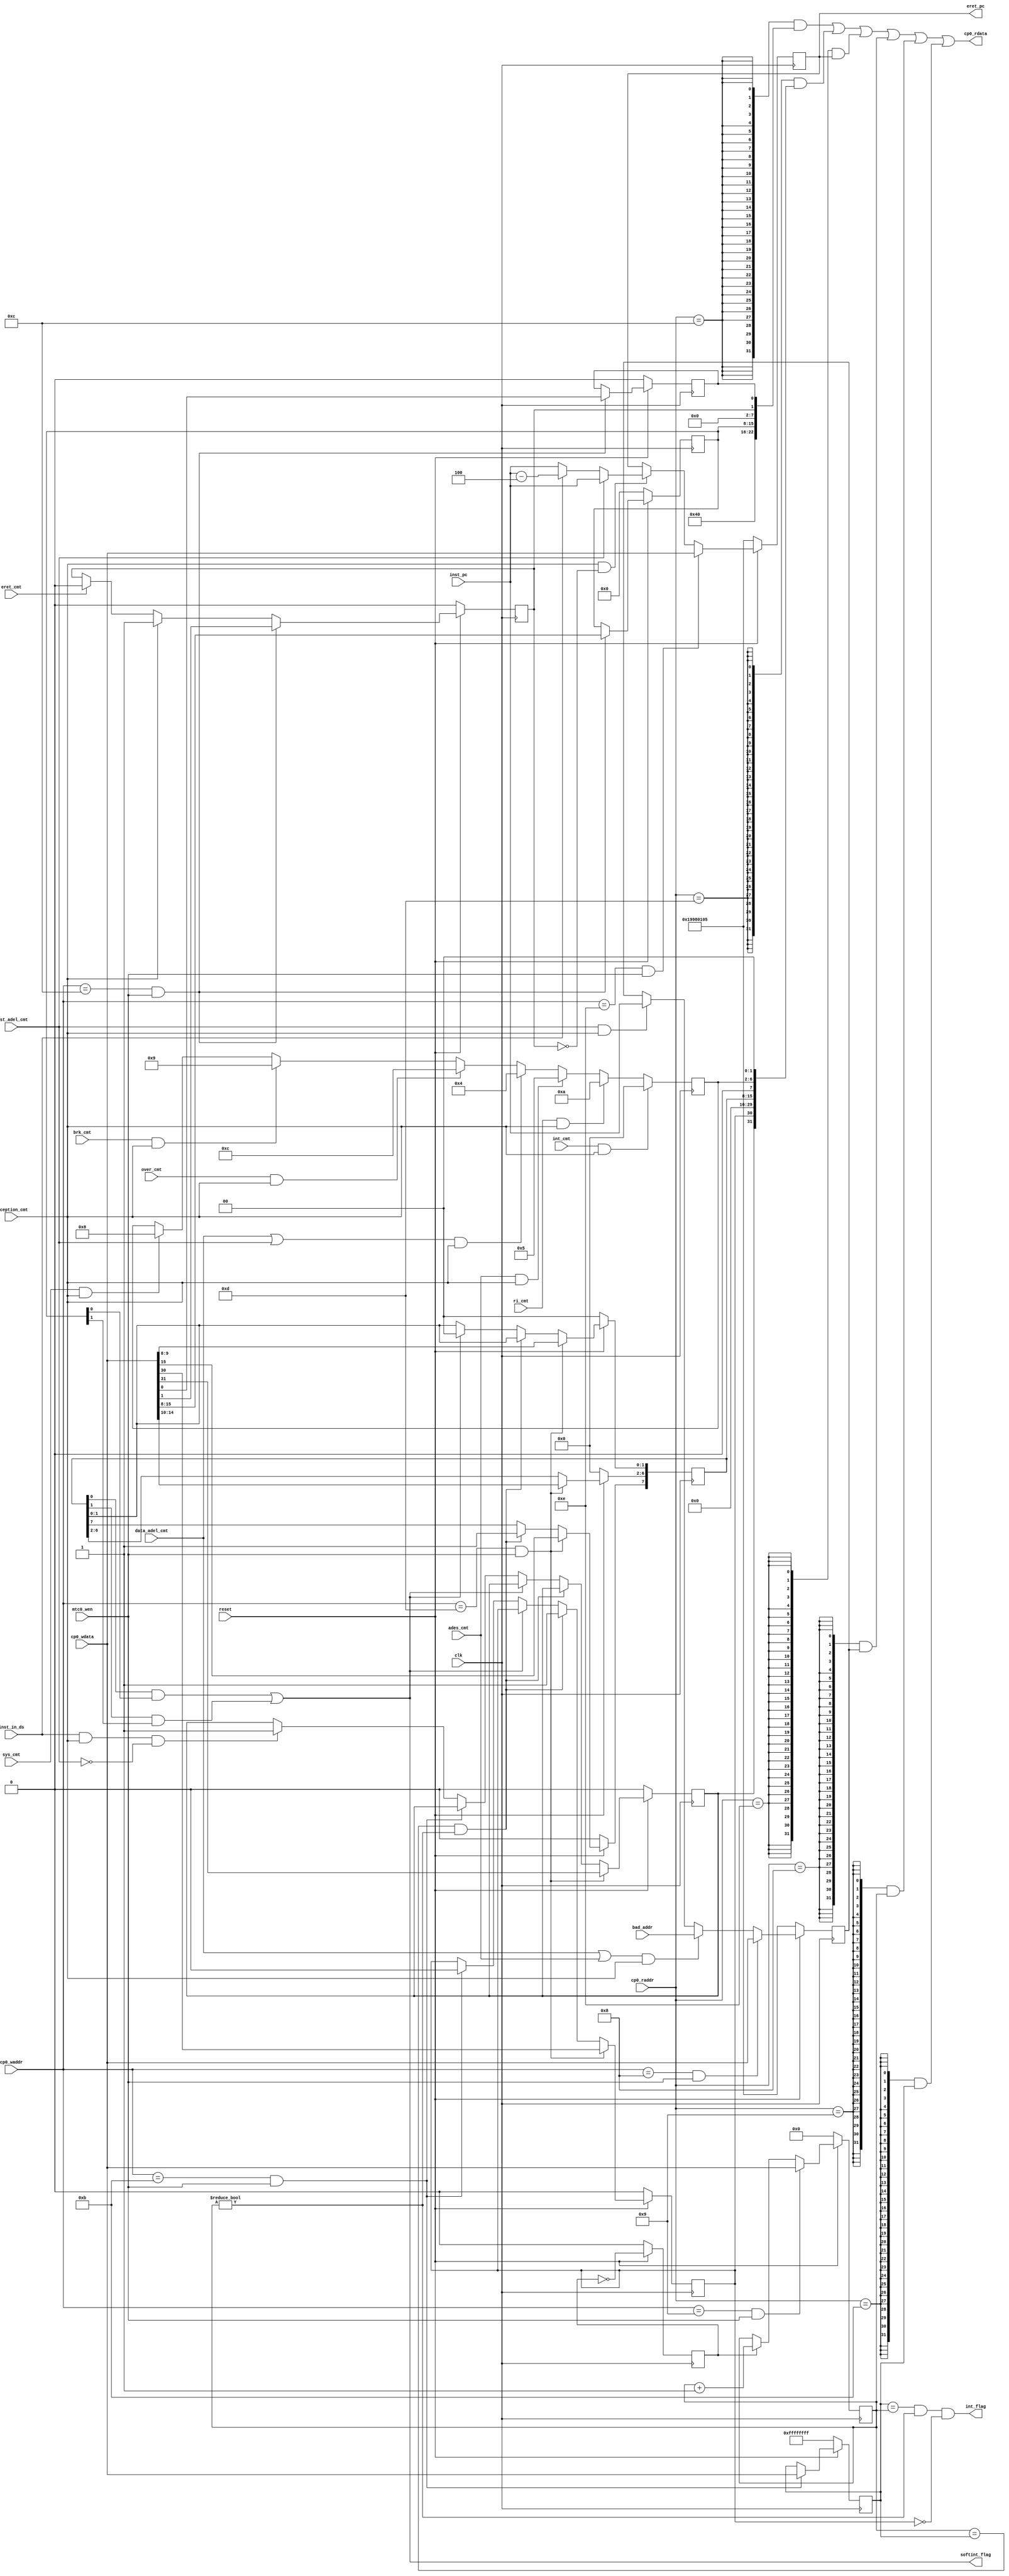
module cp0_regfiles(
    input clk,
	input mtc0_wen,
	input exception_cmt,
	input sys_cmt,
	input brk_cmt,
	input over_cmt,
	input ri_cmt,
	input int_cmt,
	input data_adel_cmt,
	input ades_cmt,
	input inst_adel_cmt,
	input eret_cmt,
	input reset,
	input inst_in_ds,
	input [31:0] inst_pc,
	input [31:0] bad_addr,
	input [4:0] cp0_raddr,
	input [4:0] cp0_waddr,
	input [31:0] cp0_wdata,
	output [31:0] cp0_rdata,
	output [31:0] eret_pc,
	output int_flag,
	output softint_flag
		);
wire mtc0_wen_badvaddr = (cp0_waddr == 5'd8 ) & mtc0_wen;
wire mtc0_wen_count    = (cp0_waddr == 5'd9 ) & mtc0_wen;
wire mtc0_wen_compare  = (cp0_waddr == 5'd11) & mtc0_wen;
wire mtc0_wen_status   = (cp0_waddr == 5'd12) & mtc0_wen;
wire mtc0_wen_cause    = (cp0_waddr == 5'd13) & mtc0_wen;
wire mtc0_wen_epc      = (cp0_waddr == 5'd14) & mtc0_wen;
//cp0_count&cp0_compare
reg [31:0] cp0_count;
reg [31:0] cp0_compare;
reg cnt_2clk;
always @(posedge clk) begin
	if (~reset) begin
		// reset
		cnt_2clk<=1'd0;
	end
	else begin
		cnt_2clk<=~cnt_2clk;
	end
end
always @(posedge clk) begin
	if (~reset) begin
		// reset
		cp0_count<=32'd0;
	end
	else if (~mtc0_wen_count) begin
	    if(cnt_2clk==1'd1)begin
	    	cp0_count<=cp0_count+32'd1;
	    end
	end
	else if (mtc0_wen_count)begin
		cp0_count<=cp0_wdata;
	end
end
always @(posedge clk) begin
    if(~reset) begin
    	cp0_compare<=32'hffffffff;
    end
	else if (mtc0_wen_compare) begin
		cp0_compare<=cp0_wdata;
	end
end

//cp0_status
wire [31:0] cp0_status;

wire       cp0_status_bev;
reg [7:0]  cp0_status_im;
reg        cp0_status_exl;
reg        cp0_status_ie;

assign cp0_status_bev = 1'b1;
assign cp0_status = { 9'd0,
					  cp0_status_bev,
					  6'd0,
					  cp0_status_im,
					  6'd0,
					  cp0_status_exl,
					  cp0_status_ie
                    };

always @(posedge clk) begin
	if (~reset) begin
		// reset
		cp0_status_exl<=1'b0;
		cp0_status_im<=8'd0;
		cp0_status_ie<=1'b0;
	end
	else if (mtc0_wen_status) begin
	    cp0_status_im <= cp0_wdata[15:8];
		cp0_status_exl<= cp0_wdata[1];
		cp0_status_ie <= cp0_wdata[0];
	end
	else if(exception_cmt) begin
		cp0_status_exl<=1'b1;
	end
	else if(eret_cmt) begin
		cp0_status_exl<=1'b0;
	end
end
//cp0_cause
wire [31:0] cp0_cause;

reg cp0_cause_bd;
reg cp0_cause_ti;
reg [7:0] cp0_cause_ip;
reg [4:0] cp0_cause_exccode;

assign cp0_cause =  { cp0_cause_bd,
                     cp0_cause_ti,
                     14'd0,
                     cp0_cause_ip,
                     1'd0,
                     cp0_cause_exccode,
                     2'd0
                    };

always @(posedge clk) begin
	if (~reset) begin
		// reset
		cp0_cause_bd <=1'b0;
		cp0_cause_ti <=1'b0;
		cp0_cause_ip <=8'd0;	
	end
	else if (mtc0_wen_cause) begin
	    cp0_cause_bd <= cp0_wdata[31];
		cp0_cause_ti <= cp0_wdata[30];
		cp0_cause_ip <= cp0_wdata[15:8];
		//cp0_cause_exccode <= cp0_wdata[6:2];
	end
	else if ((cp0_count==cp0_compare)&(cp0_count!=32'd0)) begin
		cp0_cause_ti <= 1'b1;
		cp0_cause_ip[7]<=1'b1;
	end
	else if(softint_flag)begin
		cp0_cause_ip[1:0]<=2'b00;
	end
	else if (mtc0_wen_compare) begin
		cp0_cause_ti <= 1'b0;
	end
	else if (inst_in_ds&exception_cmt&~inst_adel_cmt) begin
		cp0_cause_bd<= 1'd1;
	end
	if (sys_cmt&exception_cmt)begin
		cp0_cause_exccode<= 5'h08;
	end
	if (brk_cmt&exception_cmt)begin
		cp0_cause_exccode<= 5'h09;
	end
	if (over_cmt&exception_cmt)begin
		cp0_cause_exccode<= 5'h0c;
	end
	if ((data_adel_cmt|inst_adel_cmt)&exception_cmt)begin
		cp0_cause_exccode<= 5'h04;
	end
	if (ades_cmt&exception_cmt) begin
		cp0_cause_exccode<= 5'h05;
	end
	if (ri_cmt&exception_cmt) begin
		cp0_cause_exccode<= 5'h0a;
	end
	if (int_cmt&exception_cmt)begin
		cp0_cause_exccode<= 5'h00;
	end
end
assign softint_flag = (cp0_cause_ip[0]&cp0_status_im[0])
                     |(cp0_cause_ip[1]&cp0_status_im[1]);
assign int_flag = (cp0_compare==cp0_count)&(cp0_count!=32'd0)&(cp0_cause_ti==1'd0);
//cp0_epc
reg [31:0] cp0_epc;
wire [31:0] now_inst_brpc;
assign now_inst_brpc = (inst_adel_cmt)?inst_pc:(inst_in_ds)? inst_pc -3'd4 : inst_pc;
assign eret_pc = cp0_epc;
always @(posedge clk) begin
	if (~reset) begin
        cp0_epc<= 32'h19980105;
	end
	else if (mtc0_wen_epc) begin
		cp0_epc<= cp0_wdata;
	end
	else if (exception_cmt&&cp0_status_exl==1'b0) begin
		cp0_epc<=now_inst_brpc;
	end
end
//cp0_badvaddr
reg [31:0] cp0_badvaddr;
always @(posedge clk) begin
	if (~reset) begin
        cp0_badvaddr<= 32'h19980105;
	end
	else if (mtc0_wen_badvaddr) begin
		cp0_badvaddr<= cp0_wdata;
	end
	else if ((data_adel_cmt|ades_cmt)&exception_cmt) begin
		cp0_badvaddr<=bad_addr;
	end
	else if (inst_adel_cmt&exception_cmt)begin
		cp0_badvaddr<=inst_pc;
	end
end
wire from_cp0_badvaddr= (cp0_raddr == 5'd8 );
wire from_cp0_count   = (cp0_raddr == 5'd9 );
wire from_cp0_compare = (cp0_raddr == 5'd11);
wire from_cp0_status  = (cp0_raddr == 5'd12);
wire from_cp0_cause   = (cp0_raddr == 5'd13);
wire from_cp0_epc     = (cp0_raddr == 5'd14);
assign cp0_rdata = ({32{from_cp0_status  }}&cp0_status  )
                  |({32{from_cp0_cause   }}&cp0_cause   )
                  |({32{from_cp0_epc     }}&cp0_epc     )
                  |({32{from_cp0_badvaddr}}&cp0_badvaddr)
                  |({32{from_cp0_count   }}&cp0_count   )
                  |({32{from_cp0_compare }}&cp0_compare );
endmodule